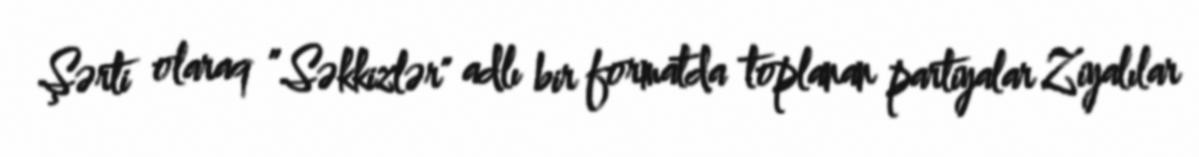
Şərti olaraq ”Səkkizlər" adlı bir formatda toplanan partiyalar Ziyalılar